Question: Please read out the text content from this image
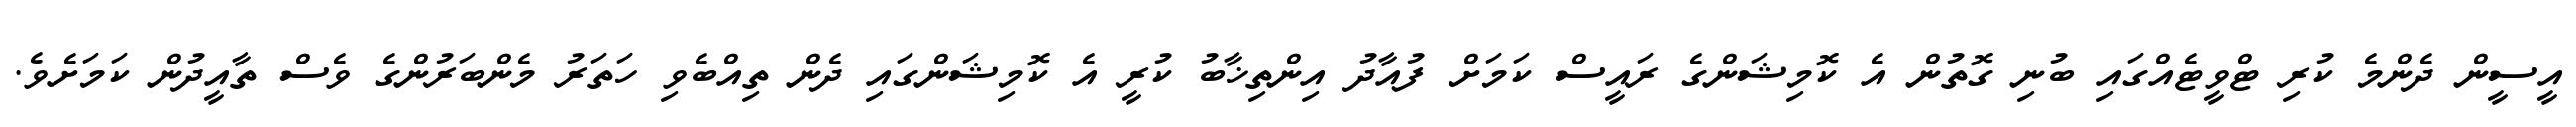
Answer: އީސީން ދެންމެ ކުރި ޓްވީޓެއްގައި ބުނި ގޮތުން އެ ކޮމިޝަންގެ ރައީސް ކަމަށް ފުއާދު އިންތިޚާބު ކުރީ އެ ކޮމިޝަންގައި ދެން ތިއްބެވި ހަތަރު މެންބަރުންގެ ވެސް ތާއީދުން ކަމަށެވެ.